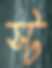
স্ট